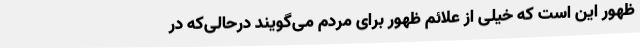
ظهور این است که خیلی از علائم ظهور برای مردم می‌گویند درحالی‌که در